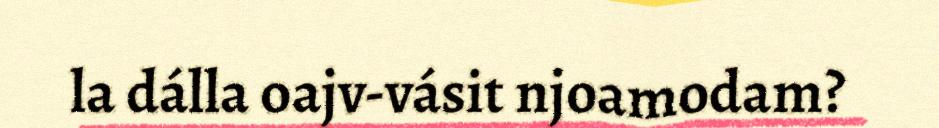
la dálla oajv-vásit njoamodam?